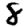
Digit: 8